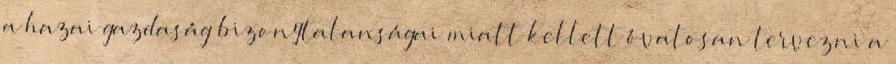
a hazai gazdaság bizonytalanságai miatt kellett óvatosan tervezni a